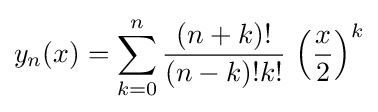
y_{n}(x)=\sum _{k=0}^{n}{\frac {(n+k)!}{(n-k)!k!}}\,\left({\frac {x}{2}}\right)^{k}